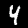
Digit: 4